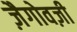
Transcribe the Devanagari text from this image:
ज़ैगोवज़ी